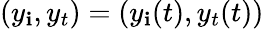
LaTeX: (y_{\mathbf{i}},y_{t})=(y_{\mathbf{i}}(t),y_{t}(t))